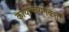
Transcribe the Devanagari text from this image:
कार्यान्वयनकर्ता